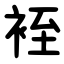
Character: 䘭